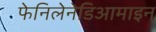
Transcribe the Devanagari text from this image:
फेनिलेनेडिआमाइन